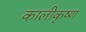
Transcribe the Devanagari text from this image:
कालीकृष्ण